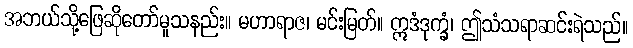
အဘယ်သို့ဖြေဆိုတော်မူသနည်း။ မဟာရာဇ၊ မင်းမြတ်။ ဣဒံဒုက္ခံ၊ ဤသံသရာဆင်းရဲသည်။